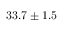
3 3 . 7 \pm 1 . 5